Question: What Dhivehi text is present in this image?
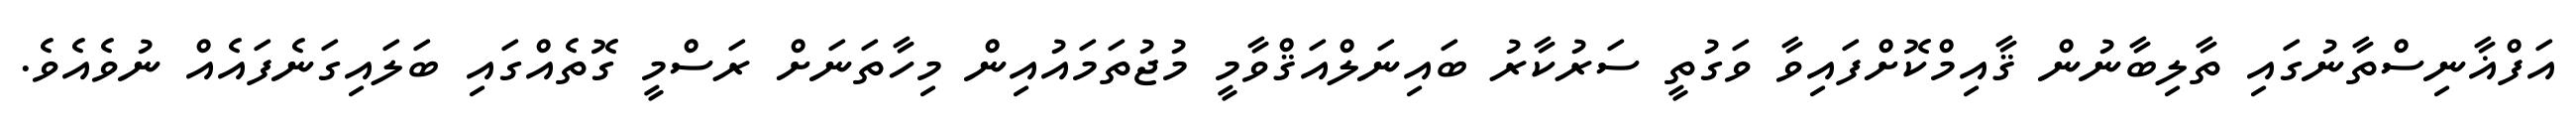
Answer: އަފްޣާނިސްތާނުގައި ތާލިބާނުން ޤާއިމްކޮށްފައިވާ ވަގުތީ ސަރުކާރު ބައިނަލްއަޤްވާމީ މުޖުތަމައުއިން މިހާތަނަށް ރަސްމީ ގޮތެއްގައި ބަލައިގަނެފައެއް ނުވެއެވެ.